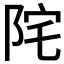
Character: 𨹏